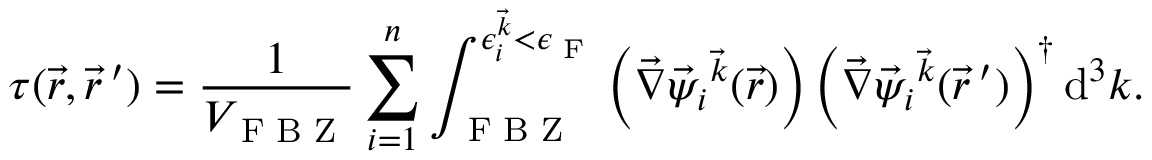
\boldsymbol { \tau } ( \vec { r } , \vec { r } \, ^ { \prime } ) = \frac { 1 } { V _ { \textrm { F B Z } } } \sum _ { i = 1 } ^ { n } \int _ { \textrm { F B Z } } ^ { \epsilon _ { i } ^ { \vec { k } } < \epsilon _ { \textrm { F } } } \left( \vec { \nabla } \vec { \psi } _ { i } { ^ { \vec { k } } } ( \vec { r } ) \right) \left( \vec { \nabla } \vec { \psi } _ { i } { ^ { \vec { k } } } ( \vec { r } \, ^ { \prime } ) \right) ^ { \dagger } \mathrm { d } ^ { 3 } k .